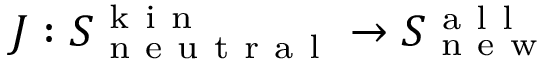
J : S _ { \mathrm { ~ n ~ e ~ u ~ t ~ r ~ a ~ l ~ } } ^ { \mathrm { ~ k ~ i ~ n ~ } } \to S _ { \mathrm { ~ n ~ e ~ w ~ } } ^ { \mathrm { ~ a ~ l ~ l ~ } }